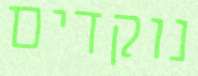
נוקדים